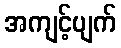
အကျင့်ပျက်